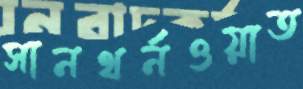
সানথর্নওয়াত